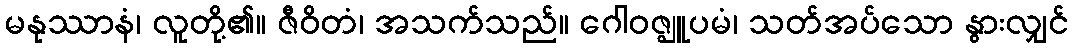
မနုဿာနံ၊ လူတို့၏။ ဇီဝိတံ၊ အသက်သည်။ ဂေါဝဇ္ဈူပမံ၊ သတ်အပ်သော နွားလျှင်